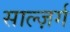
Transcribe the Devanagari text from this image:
साल्ज़र्ग